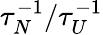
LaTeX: \tau_{N}^{-1}/\tau_{U}^{-1}